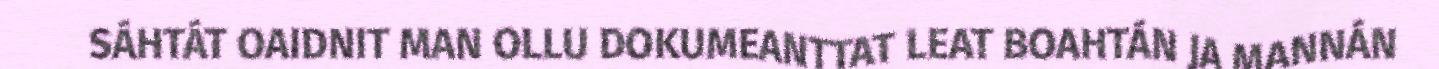
SÁHTÁT OAIDNIT MAN OLLU DOKUMEANTTAT LEAT BOAHTÁN JA MANNÁN